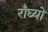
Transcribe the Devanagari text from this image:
राँघ्यो